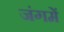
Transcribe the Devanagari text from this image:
जंगमें